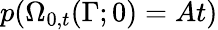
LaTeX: p(\Omega_{0,t}(\Gamma;0)=At)